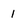
Character: 1